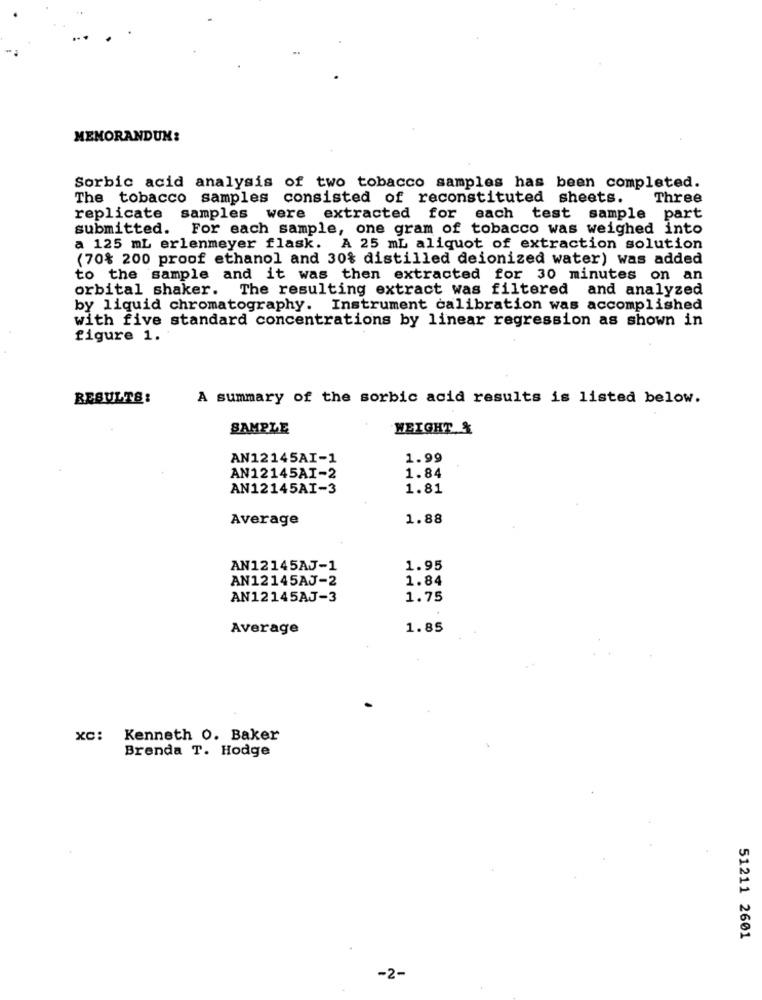
MEMORANDUM:
Sorbic acid analysis of two tobacco samples has been completed.
The tobacco samples consisted of reconstituted sheets.
Three
replicate samples were extracted for each test sample part
submitted. For each sample, one gram of tobacco was weighed into
a 125 mL erlenmeyer flask. A 25 mL aliquot of extraction solution
(70% 200 proof ethanol and 30% distilled deionized water) was added
to the sample and it was then extracted for 30 minutes on an
orbital shaker. The resulting extract was filtered and analyzed
by liquid chromatography. Instrument calibration was accomplished
with five standard concentrations by linear regression as shown in
figure 1.
RESULTS:
A summary of the sorbic acid results is listed below.
SAMPLE
WEIGHT &
AN12145AI-1
1.99
AN12145AI-2
1.84
AN12145AI-3
1.81
Average
1.88
AN12145AJ-1
1.95
AN12145AJ-2
1.84
AN12145AJ-3
1.75
Average
1.85
xc: Kenneth 0. Baker
Brenda T. Hodge
51211 2601
-2-